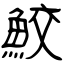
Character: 鮫